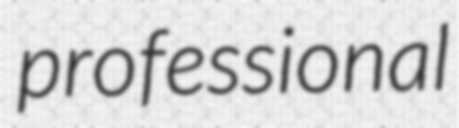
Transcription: professional